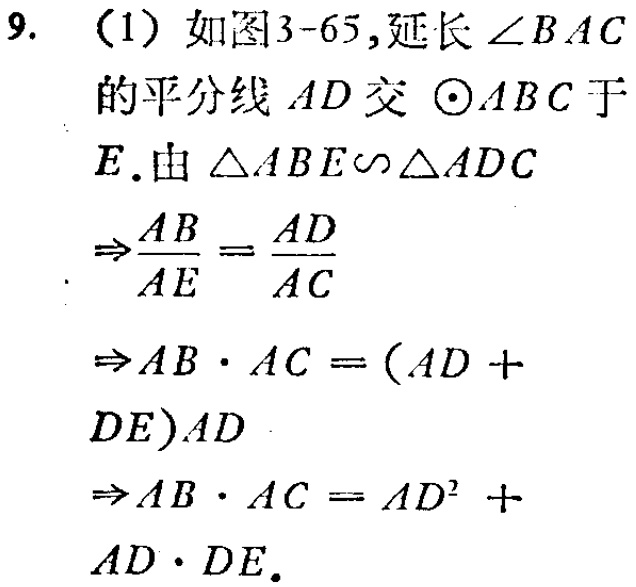
9. （1）如图3-65,延长$\angle BAC$的平分线$AD$交$\odot ABC$于$E$.由$\triangle ABE\sim\triangle ADC$
$\Rightarrow\frac{AB}{AE}=\frac{AD}{AC}$
$\Rightarrow AB\cdot AC=(AD + DE)AD$
$\Rightarrow AB\cdot AC=AD^{2}+AD\cdot DE.$